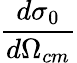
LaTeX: \frac{d\sigma_{0}}{d\Omega_{cm}}